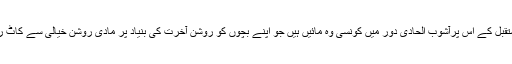
روشن مستقبل کے اس پرآشوب الحادی دور میں کونسی وہ مائیں ہیں جو اپنے بچوں کو روشن آخرت کی بنیاد پر مادی روشن خیالی سے کاٹ رہی ہیں ؟